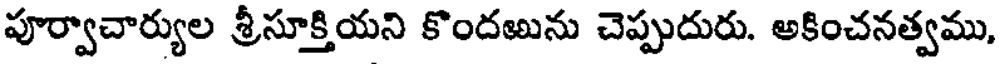
పూర్వాచార్యుల శ్రీసూక్తియని కొందఱును చెప్పుదురు. అకించనత్వము,